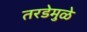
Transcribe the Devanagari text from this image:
तरडेमुळे